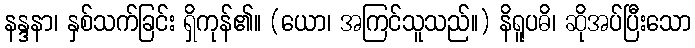
နန္ဒနာ၊ နှစ်သက်ခြင်း ရှိကုန်၏။ (ယော၊ အကြင်သူသည်။) နိရူပဓိ၊ ဆိုအပ်ပြီးသော